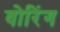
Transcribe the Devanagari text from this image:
वोरिंग